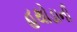
હથોડાની